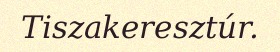
Tiszakeresztúr.